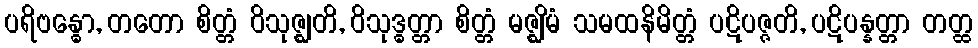
ပရိဗန္ဓော, တတော စိတ္တံ ဝိသုဇ္ဈတိ, ဝိသုဒ္ဓတ္တာ စိတ္တံ မဇ္ဈိမံ သမထနိမိတ္တံ ပဋိပဇ္ဇတိ, ပဋိပန္နတ္တာ တတ္ထ